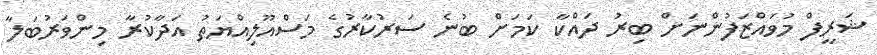
ޝަރީފް މުވައްޒަފުންނަށް ބިރު ދައްކާ ކަމަށް ބުނެ ސަރުކާރުގެ މަސްއޫލިއްޔަތު އަދާކުރާ މިންވަރުބަލާ